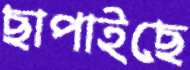
ছাপাইছে